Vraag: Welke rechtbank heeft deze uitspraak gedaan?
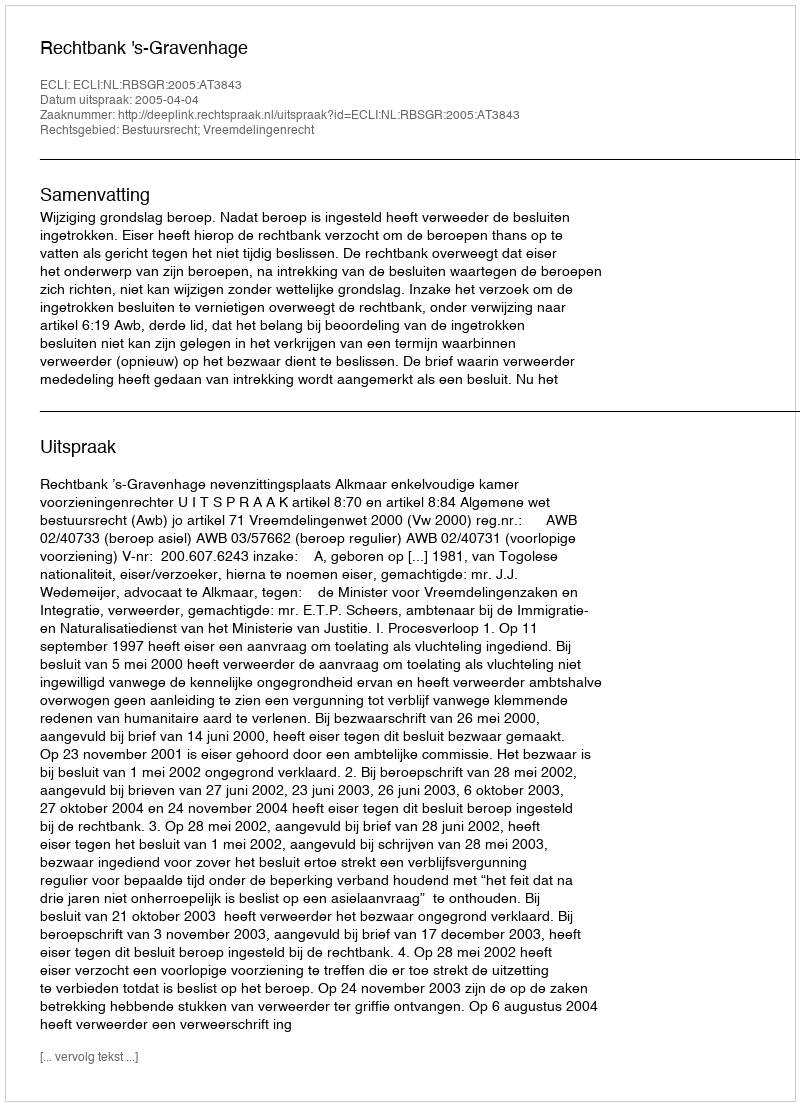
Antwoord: Rechtbank 's-Gravenhage